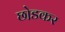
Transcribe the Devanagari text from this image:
छो़डकर